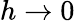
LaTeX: h\rightarrow 0